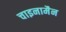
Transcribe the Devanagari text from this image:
चाइनामैन